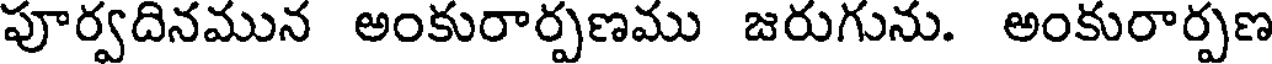
పూర్వదినమున అంకురార్పణము జరుగును. అంకురార్పణ